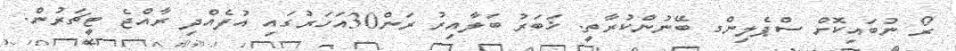
ރޯ ނުބައިކޮށް ސްޕެލިންގ ބޭނުންކުރާތީ. ޚަބަރު ބަލާއިރު ރަން30އަހަރުގައި އުފެއްދި ރާއްޖެ ޓީޗަރުން.